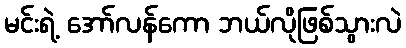
မင်းရဲ့ အော်လန်ကော ဘယ်လိုဖြစ်သွားလဲ